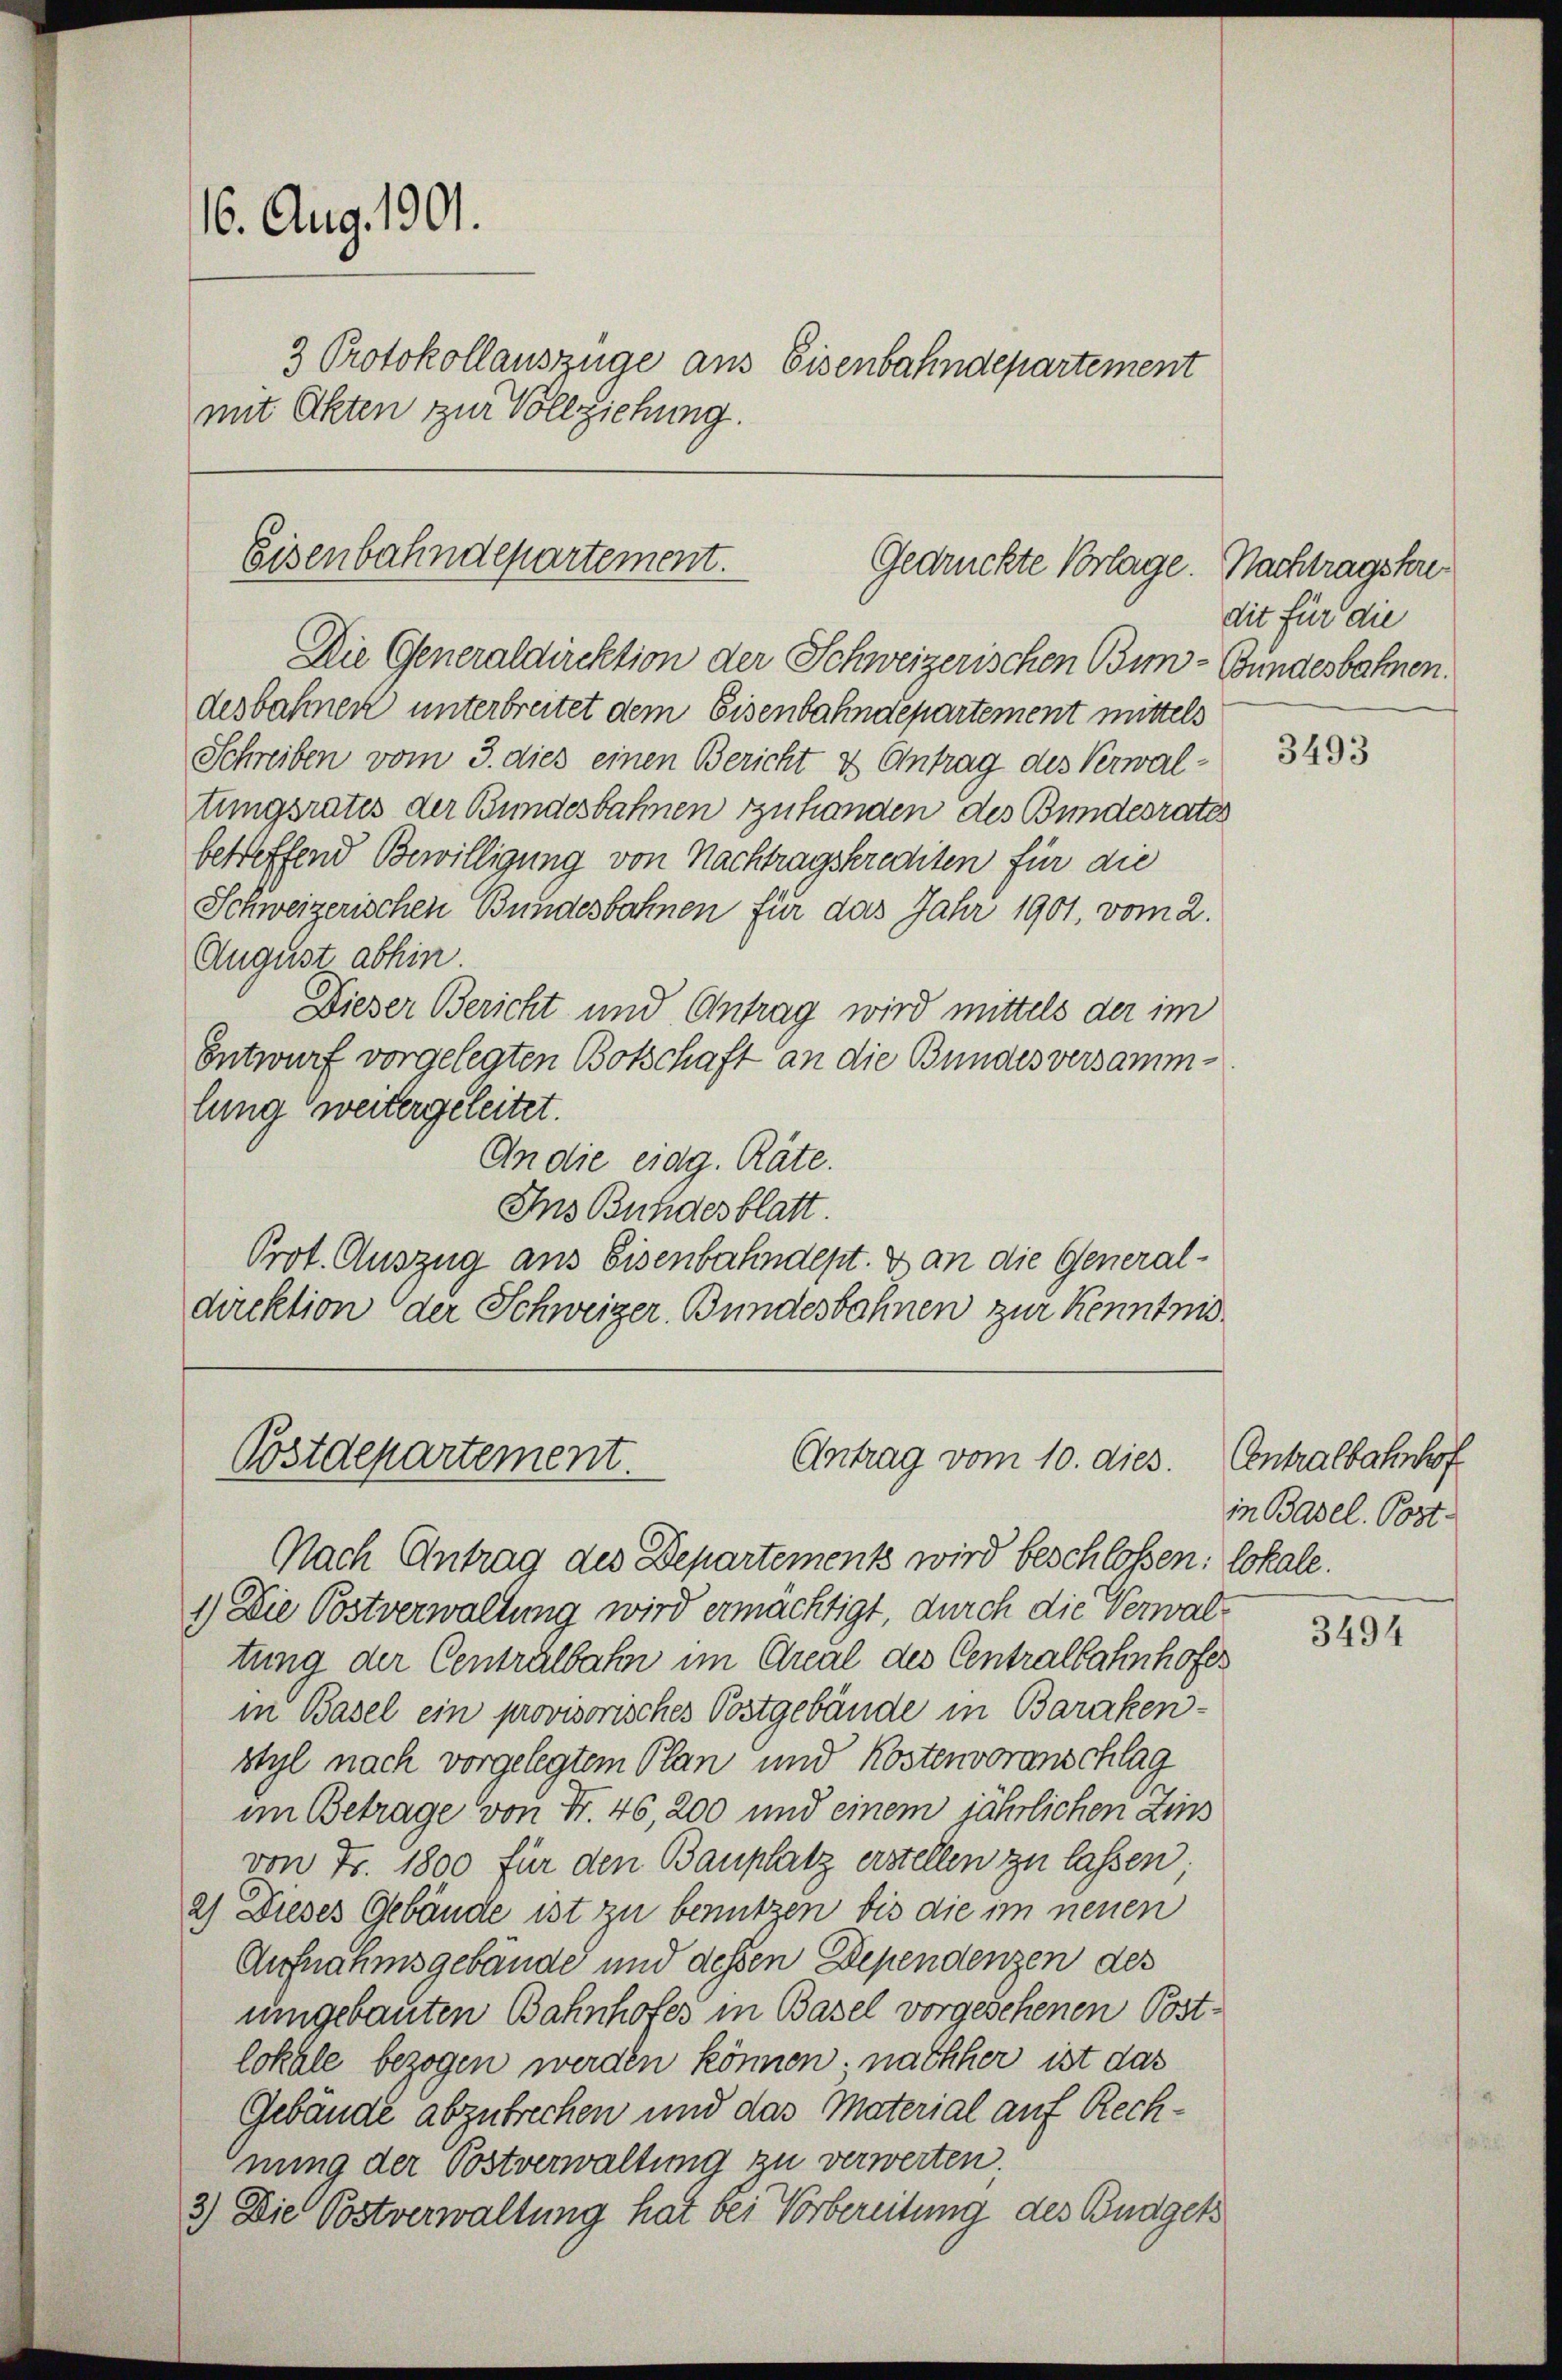
16. Aug. 1901.
3 Protokollauszüge aus Eisenbahndepartement
mit Akten zur Vollziehung.

Eisenbahndepartement.
Gedrückte Vorlage. Nachtragskre¬
Die Generaldirektion der Schweizerischen Bun-Bundesbahnen.

desbahnen unterbreitet dem Eisenbahndepartement mittels
Schreiben vom 3. dies einen Bericht & Antrag des Verwaltungsrates der Bundesbahnen zu handen des Bundesrates
betreffend Bewilligung von Nachtragskrediten für die
Schweizerischen Bundesbahnen für das Jahr 1901, vom 2.
August abhin
Dieser Bericht und Antrag wird mittels der im
Entwurf vorgelegten Botschaft an die Bundes versammlung weitergeleitet.
An die eidg. Räte.
Ins Bundesblatt.
Prot. Auszug aus Eisenbahndept. 8 an die Generaldirektion der Schweizer. Bundesbahnen zur Kenntnis¬

Antrag vom 10. dies.
Postdepartement.

Nach Antrag des Departements wird beschloßen: lokale.
1.) Die Postverwaltung wird ermächtigt, durch die Verwaltung der Centralbahn im Areal des Centralbahnhofes
in Basel ein provisorisches Postgebäude in Baraken-
styl nach vorgelegtem Plan und Kostenvoranschlag
im Betrage von Fr. 46, 200 und einem jährlichen Zins
von Fr. 1800 für den Bauplatz erstellen zu lassen;
2) Dieses Gebäude ist zu benutzen bis die im neuen
Aufnahmsgebäude und dessen Dependenzen des
umgebauten Bahnhofes in Basel vorgesehenen Postlokale bezogen werden können. nachher ist das
Gebäude abzubrechen und das Material auf Rechnung der Postverwaltung zu verwerten.
3) Die Postverwaltung hat bei Vorbereitung des Budgets

dit für die

3493

Centralbahnhof
in Basel. Post¬

3494